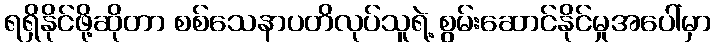
ရရှိနိုင်ဖို့ဆိုတာ စစ်သေနာပတိလုပ်သူရဲ့ စွမ်းဆောင်နိုင်မှုအပေါ်မှာ